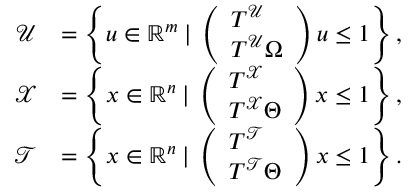
\begin{array} { r l } { \mathcal { U } } & { = \left\{ u \in \mathbb { R } ^ { m } \: \vert \: \left( \begin{array} { l } { T ^ { \mathcal { U } } } \\ { T ^ { \mathcal { U } } \Omega } \end{array} \right) u \leq 1 \right\} , } \\ { \mathcal { X } } & { = \left\{ x \in \mathbb { R } ^ { n } \: \vert \: \left( \begin{array} { l } { T ^ { \mathcal { X } } } \\ { T ^ { \mathcal { X } } \Theta } \end{array} \right) x \leq 1 \right\} , } \\ { \mathcal { T } } & { = \left\{ x \in \mathbb { R } ^ { n } \: \vert \: \left( \begin{array} { l } { T ^ { \mathcal { T } } } \\ { T ^ { \mathcal { T } } \Theta } \end{array} \right) x \leq 1 \right\} . } \end{array}